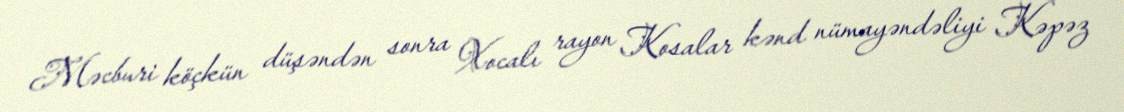
Məcburi köçkün düşəndən sonra Xocalı rayon Kosalar kənd nümayəndəliyi Kəpəz